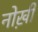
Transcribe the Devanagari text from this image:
नोख़ी